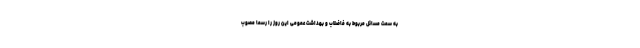
به سمت مسائل مربوط به فاضلاب و بهداشت عمومی این روز را رسماً مصوب